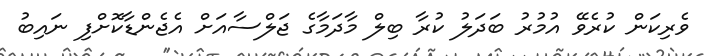
ވެރިކަން ކުރެވޭ އުމުރު ބަދަލު ކުރާ ބިލް މާދަމާގެ ޖަލްސާއަށް އެޖެންޑާކޮށްފި ނައިބު